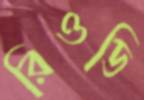
রিওডি